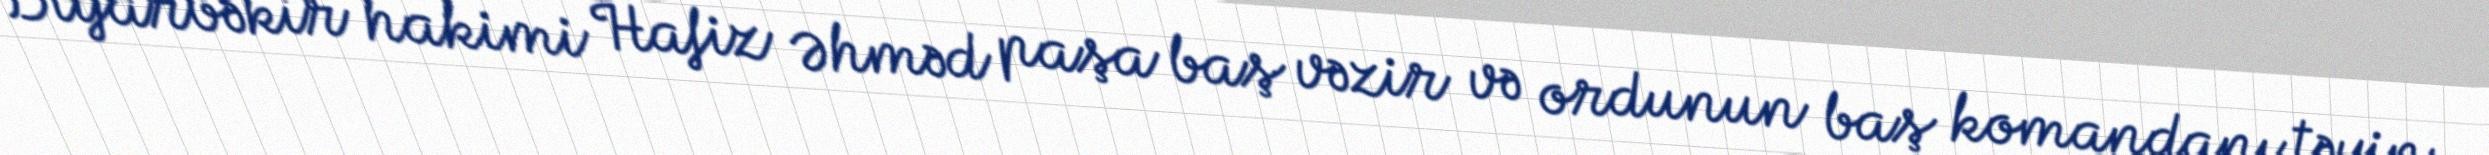
Diyarbəkir hakimi Hafiz Əhməd paşa baş vəzir və ordunun baş komandanı təyin